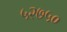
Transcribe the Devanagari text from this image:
५२७५०